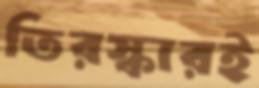
তিরস্কারই